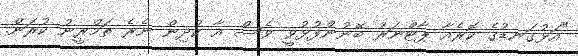
"އަޅުގަނޑުގެ ކޮރެއާ ޕާޓްނަރު ބޭނުންފުޅުވީ ވެސް އާ ކުދިން ނެރެ ތަމްރީނު ކުރަން.